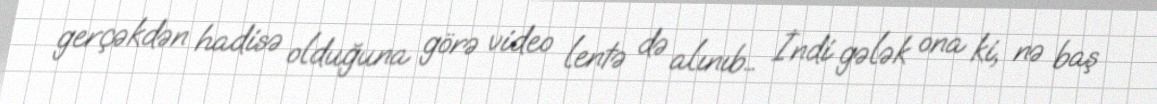
gerçəkdən hadisə olduğuna görə video lentə də alınıb… İndi gələk ona ki, nə baş